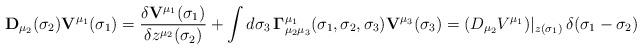
LaTeX: \begin{align*}{\bf D}_{\mu _2}(\sigma _2){\bf V}^{\mu _1}(\sigma _1)={\frac{\delta {\bf V}^{\mu _1}(\sigma _1)}{\delta z^{\mu _2}(\sigma _2)}}+\int d\sigma _3\,{\bf \Gamma }_{\mu _2\mu _3}^{\mu _1}(\sigma _1,\sigma _2,\sigma _3){\bf V}^{\mu_3}(\sigma _3) =(D_{\mu _2}V^{\mu_1})|_{z(\sigma _1)}\,\delta (\sigma _1-\sigma _2)\end{align*}